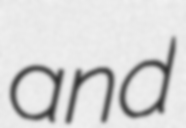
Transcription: and